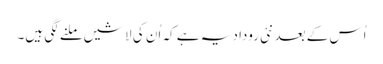
اُس کے بعد نئی روداد یہ ہے کہ اُن کی لاشیں ملنے لگی ہیں۔